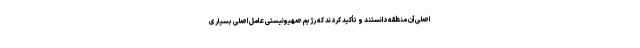
اصلی آن منطقه دانستند و تأکید کردند که رژیم صهیونیستی عامل اصلی بسیاری